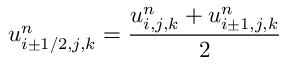
u _ { i \pm 1 / 2 , j , k } ^ { n } = \frac { u _ { i , j , k } ^ { n } + u _ { i \pm 1 , j , k } ^ { n } } { 2 }